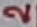
Text: 2